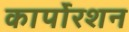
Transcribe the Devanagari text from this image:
कार्पोरशन